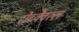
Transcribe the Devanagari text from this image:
रोच्क्वेल्ल